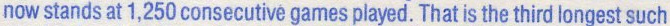
now stands at 1,250 consecutive games played. That is the third longest such